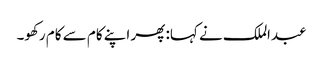
عبدالملک نے کہا: پھر اپنے کام سے کام رکھو۔